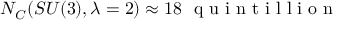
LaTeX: N _ { C } ( S U ( 3 ) , \lambda = 2 ) \approx 1 8 \ \textrm { q u i n t i l l i o n }